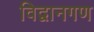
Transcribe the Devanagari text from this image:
विद्वानगण